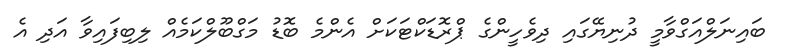
ބައިނަލްއަގްވާމީ ދުނިޔޭގައި ދިވެހީންގެ ޕްރޮޑަކްޓަކަށް އެންމެ ބޮޑު މަގްބޫލްކަމެއް ލިބިފައިވާ އަދި އެ